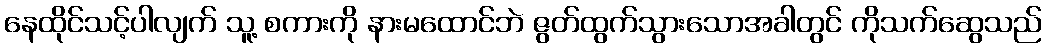
နေထိုင်သင့်ပါလျက် သူ့ စကားကို နားမထောင်ဘဲ ဇွတ်ထွက်သွားသောအခါတွင် ကိုသက်ဆွေသည်